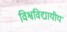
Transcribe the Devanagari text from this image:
विश्वविद्यायीय